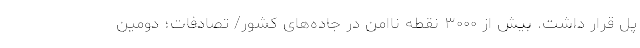
پل قرار داشت. بیش‌ از ۳۰۰۰ نقطه ناامن در جاده‌های کشور/ تصادفات؛ دومین